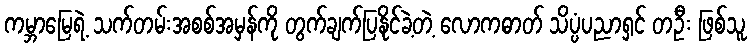
ကမ္ဘာမြေရဲ့ သက်တမ်းအစစ်အမှန်ကို တွက်ချက်ပြနိုင်ခဲ့တဲ့ လောကဓာတ် သိပ္ပံပညာရှင် တဦး ဖြစ်သူ